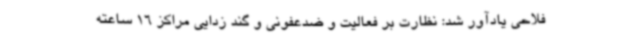
فلاحی یادآور شد: نظارت بر فعالیت و ضدعفونی و گند زدایی مراکز 16 ساعته